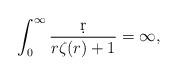
LaTeX: \begin{align*} \int_{0}^{\infty} \frac{\d r}{ r\zeta(r) + 1} =\infty,\end{align*}